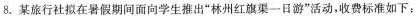
8. 某旅行社拟在暑假期间面向学生推出“林州红旗渠一日游”活动，收费标准如下：